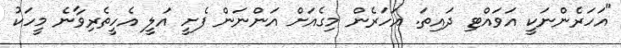
"އަހަރެންނަކީ އަވައްޓި ދައިތަ. އަހަރެން މިގެއަށް އަންނަން ފެށީ އަލީ އެހީތެރިވާނެ މީހަކު